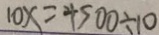
1 0 x = 4 5 0 0 \div 1 0